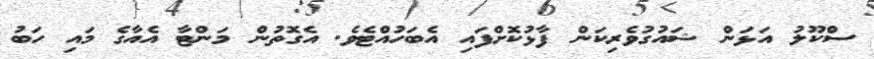
ސްކޫލު އަޅަން ޝައުގުވެރިކަން ފާޅުކޮށްފައި އެބަހުއްޓެވެ. އެގޮތުން މަންޓާ އެއާގެ މައި ހަބު